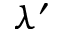
\lambda ^ { \prime }